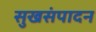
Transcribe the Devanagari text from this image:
सुखसंपादन